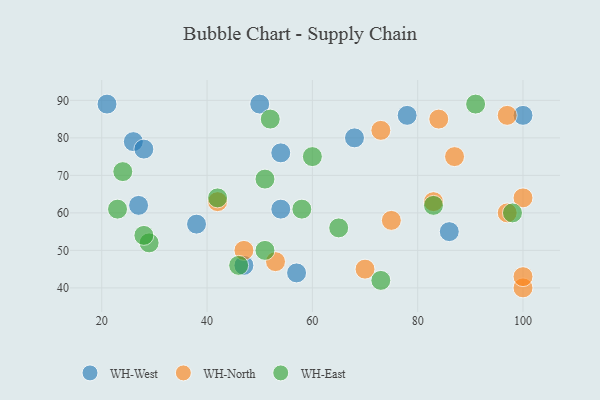
{"axis": {"x": "GDP", "y": "Life Expectancy"}, "legend": ["WH-East", "WH-North", "WH-West"], "data": [{"x": "54", "y": 76, "type": "WH-West"}, {"x": "50", "y": 89, "type": "WH-West"}, {"x": "27", "y": 62, "type": "WH-West"}, {"x": "86", "y": 55, "type": "WH-West"}, {"x": "78", "y": 86, "type": "WH-West"}, {"x": "100", "y": 86, "type": "WH-West"}, {"x": "26", "y": 79, "type": "WH-West"}, {"x": "57", "y": 44, "type": "WH-West"}, {"x": "54", "y": 61, "type": "WH-West"}, {"x": "68", "y": 80, "type": "WH-West"}, {"x": "38", "y": 57, "type": "WH-West"}, {"x": "28", "y": 77, "type": "WH-West"}, {"x": "47", "y": 46, "type": "WH-West"}, {"x": "21", "y": 89, "type": "WH-West"}, {"x": "42", "y": 63, "type": "WH-North"}, {"x": "100", "y": 64, "type": "WH-North"}, {"x": "84", "y": 85, "type": "WH-North"}, {"x": "100", "y": 40, "type": "WH-North"}, {"x": "75", "y": 58, "type": "WH-North"}, {"x": "87", "y": 75, "type": "WH-North"}, {"x": "97", "y": 86, "type": "WH-North"}, {"x": "53", "y": 47, "type": "WH-North"}, {"x": "83", "y": 63, "type": "WH-North"}, {"x": "97", "y": 60, "type": "WH-North"}, {"x": "73", "y": 82, "type": "WH-North"}, {"x": "70", "y": 45, "type": "WH-North"}, {"x": "100", "y": 43, "type": "WH-North"}, {"x": "47", "y": 50, "type": "WH-North"}, {"x": "58", "y": 61, "type": "WH-East"}, {"x": "46", "y": 46, "type": "WH-East"}, {"x": "42", "y": 64, "type": "WH-East"}, {"x": "98", "y": 60, "type": "WH-East"}, {"x": "52", "y": 85, "type": "WH-East"}, {"x": "23", "y": 61, "type": "WH-East"}, {"x": "24", "y": 71, "type": "WH-East"}, {"x": "29", "y": 52, "type": "WH-East"}, {"x": "60", "y": 75, "type": "WH-East"}, {"x": "65", "y": 56, "type": "WH-East"}, {"x": "83", "y": 62, "type": "WH-East"}, {"x": "91", "y": 89, "type": "WH-East"}, {"x": "51", "y": 69, "type": "WH-East"}, {"x": "28", "y": 54, "type": "WH-East"}, {"x": "51", "y": 50, "type": "WH-East"}, {"x": "73", "y": 42, "type": "WH-East"}]}